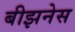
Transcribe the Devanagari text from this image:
बीझनेस